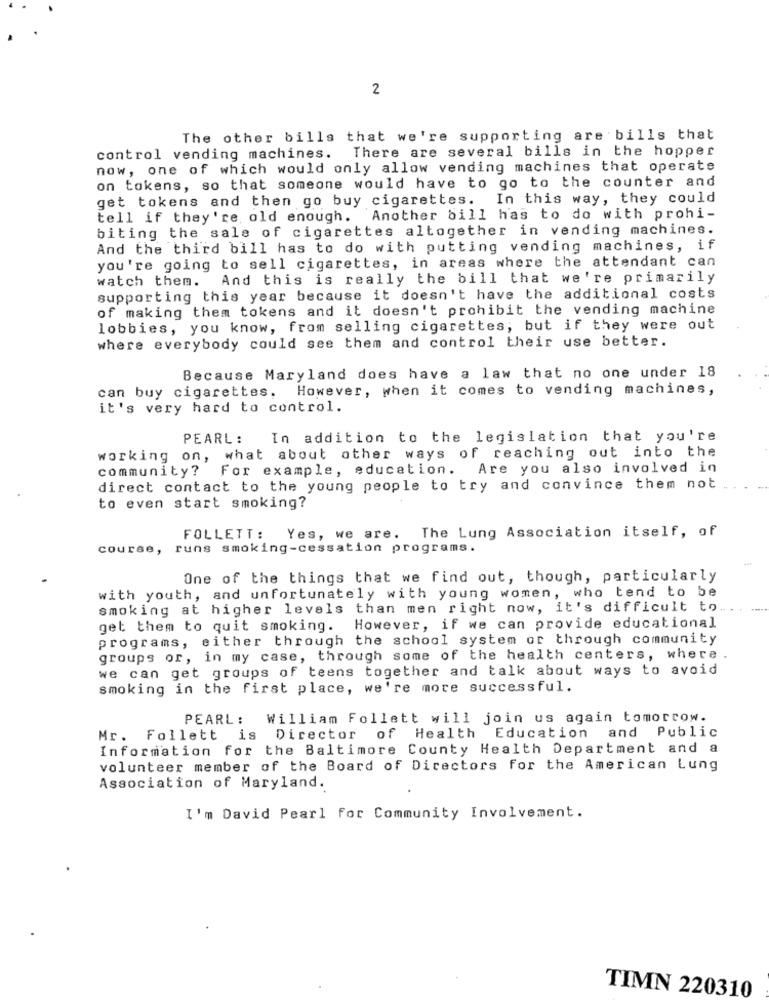
2
The other bills that we're supporting are bills that
control vending machines. There are several bills in the hopper
now, one of which would only allow vending machines that operate
on tokens, so that someone would have to go to the counter and
get tokens and then go buy cigarettes. In this way, they could
tell if they're, old enough. Another bill has to do with prohi-
biting the sale of cigarettes altogether in vending machines.
And the third bill has to do with putting vending machines, if
you're going to sell cigarettes, in areas where the attendant can
watch them. And this is really the bill that we're primarily
supporting this year because it doesn't have the additional costs
of making them tokens and it doesn't prohibit the vending machine
lobbies, you know, from selling cigarettes, but if they were out
where everybody could see them and control their use better.
Because Maryland does have a law that no one under 18
can buy cigarettes. However, when it comes to vending machines,
it's very hard to control.
PEARL: In addition to the legislation that you're
working on, what about other ways of reaching out into the
community?
For example, education. Are you also involved in
direct contact to the young people to try and convince them not
to even start smoking?
FOLLETT: Yes, we are. The Lung Association itself, of
course, runs smoking-cessation programs.
One of the things that we find out, though, particularly
with youth, and unfortunately with young women, who tend to be
smoking at higher levels than men right now, it's difficult to.
get them to quit smoking. However, if we can provide educational
programs, either through the school system or through community
groups or, in my case, through some of the health centers, where .
we can get groups of teens together and talk about ways to avoid
smoking in the first place, we're more successful.
PEARL: William Follett will join us again tomorrow.
Mr. Follett is Director of Health Education and Public
Information for the Baltimore County Health Department and a
volunteer member of the Board of Directors for the American Lung
Association of Maryland.
I'm David Pearl for Community Involvement.
TIMN 220310